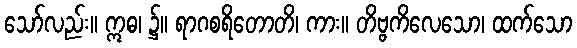
သော်လည်း။ ဣဓ၊ ၌။ ရာဂစရိတောတိ၊ ကား။ တိဗ္ဗကိလေသော၊ ထက်သော